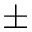
\pm